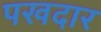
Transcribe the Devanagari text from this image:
पखदार